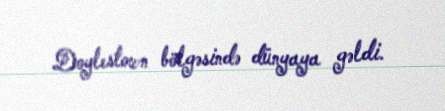
Doylestown bölgəsində dünyaya gəldi.